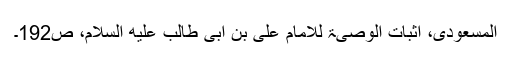
المسعودی، اثبات الوصیۃ للامام علی بن ابی طالب علیه السلام، ص192۔